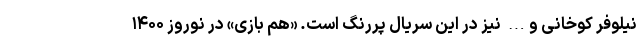
نیلوفر کوخانی و… نیز در این سریال پررنگ است. «هم بازی» در نوروز ۱۴۰۰